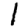
Digit: 1